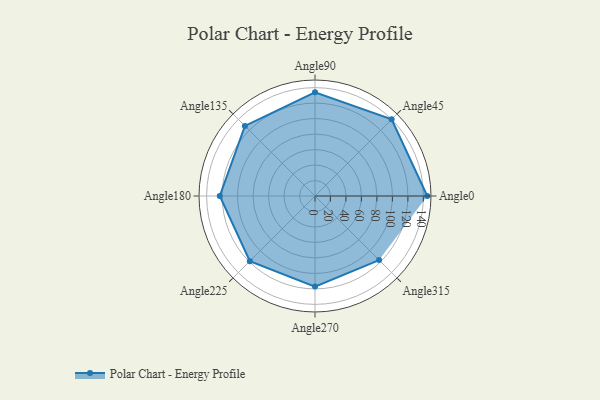
{"axis": {"x": "Angle", "y": "Radius"}, "legend": [""], "data": [{"x": "Angle0", "y": 145.0, "type": ""}, {"x": "Angle45", "y": 140.0, "type": ""}, {"x": "Angle90", "y": 134.0, "type": ""}, {"x": "Angle135", "y": 128.0, "type": ""}, {"x": "Angle180", "y": 123.0, "type": ""}, {"x": "Angle225", "y": 119.0, "type": ""}, {"x": "Angle270", "y": 117.0, "type": ""}, {"x": "Angle315", "y": 117.0, "type": ""}]}